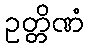
ဥတ္တိဏံ